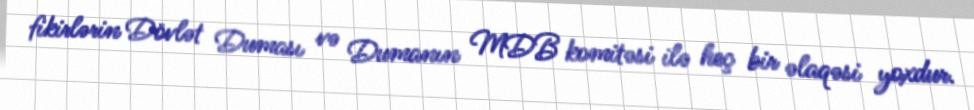
fikirlərin Dövlət Duması və Dumanın MDB komitəsi ilə heç bir əlaqəsi yoxdur.